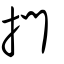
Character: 捫